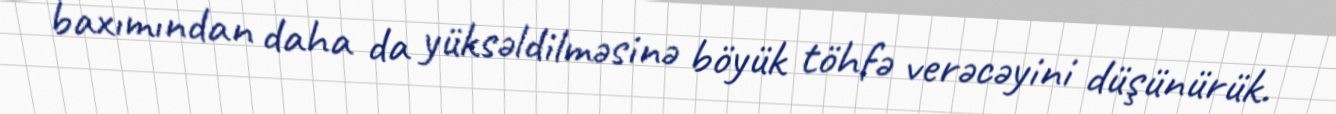
baxımından daha da yüksəldilməsinə böyük töhfə verəcəyini düşünürük.